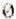
0